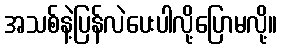
အသစ်နဲ့ပြန်လဲပေးပါလို့ပြောမလို့။